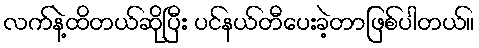
လက်နဲ့ထိတယ်ဆိုပြီး ပင်နယ်တီပေးခဲ့တာဖြစ်ပါတယ်။